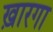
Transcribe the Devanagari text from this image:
ख़ारगा